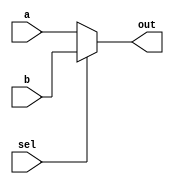
module top_module( 
    input [99:0] a, b,
    input sel,
    output [99:0] out 
);

    always @(*) begin
        if (sel == 1'b0) begin
            out = a;
        end
        else begin
            out = b;
        end
    end

endmodule